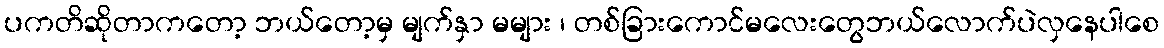
ပကတိဆိုတာကတော့ ဘယ်တော့မှ မျက်နှာ မများ ၊ တစ်ခြားကောင်မလေးတွေဘယ်လောက်ပဲလှနေပါစေ